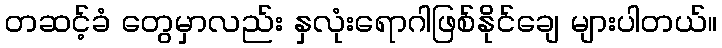
တဆင့်ခံ တွေမှာလည်း နှလုံးရောဂါဖြစ်နိုင်ချေ များပါတယ်။